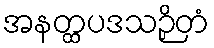
အနတ္ထပဒသဉှိတံ